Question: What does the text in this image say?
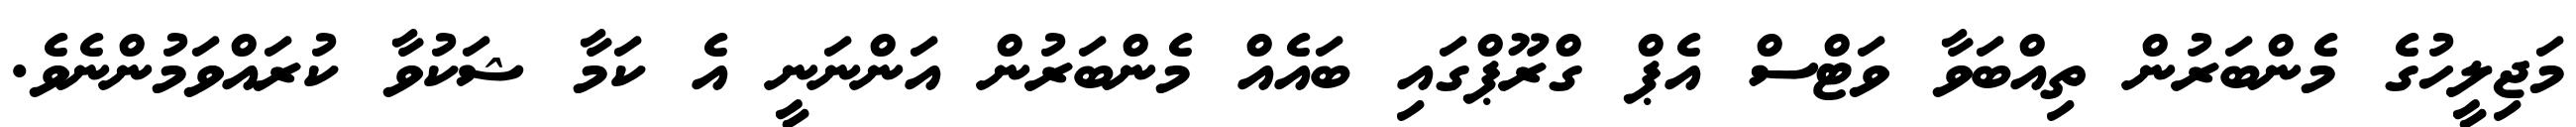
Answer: މަޖިލީހުގެ މެންބަރުން ތިއްބަވާ ވަޓްސް އެޕް ގްރޫޕްގައި ބައެއް މެންބަރުން އަންނަނީ އެ ކަމާ ޝަކުވާ ކުރައްވަމުންނެވެ.